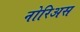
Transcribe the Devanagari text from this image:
नोरिअस